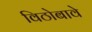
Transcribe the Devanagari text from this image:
विठोबावे